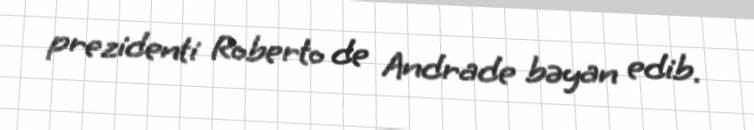
prezidenti Roberto de Andrade bəyan edib.